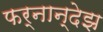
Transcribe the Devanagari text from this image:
फर्नान्देझ